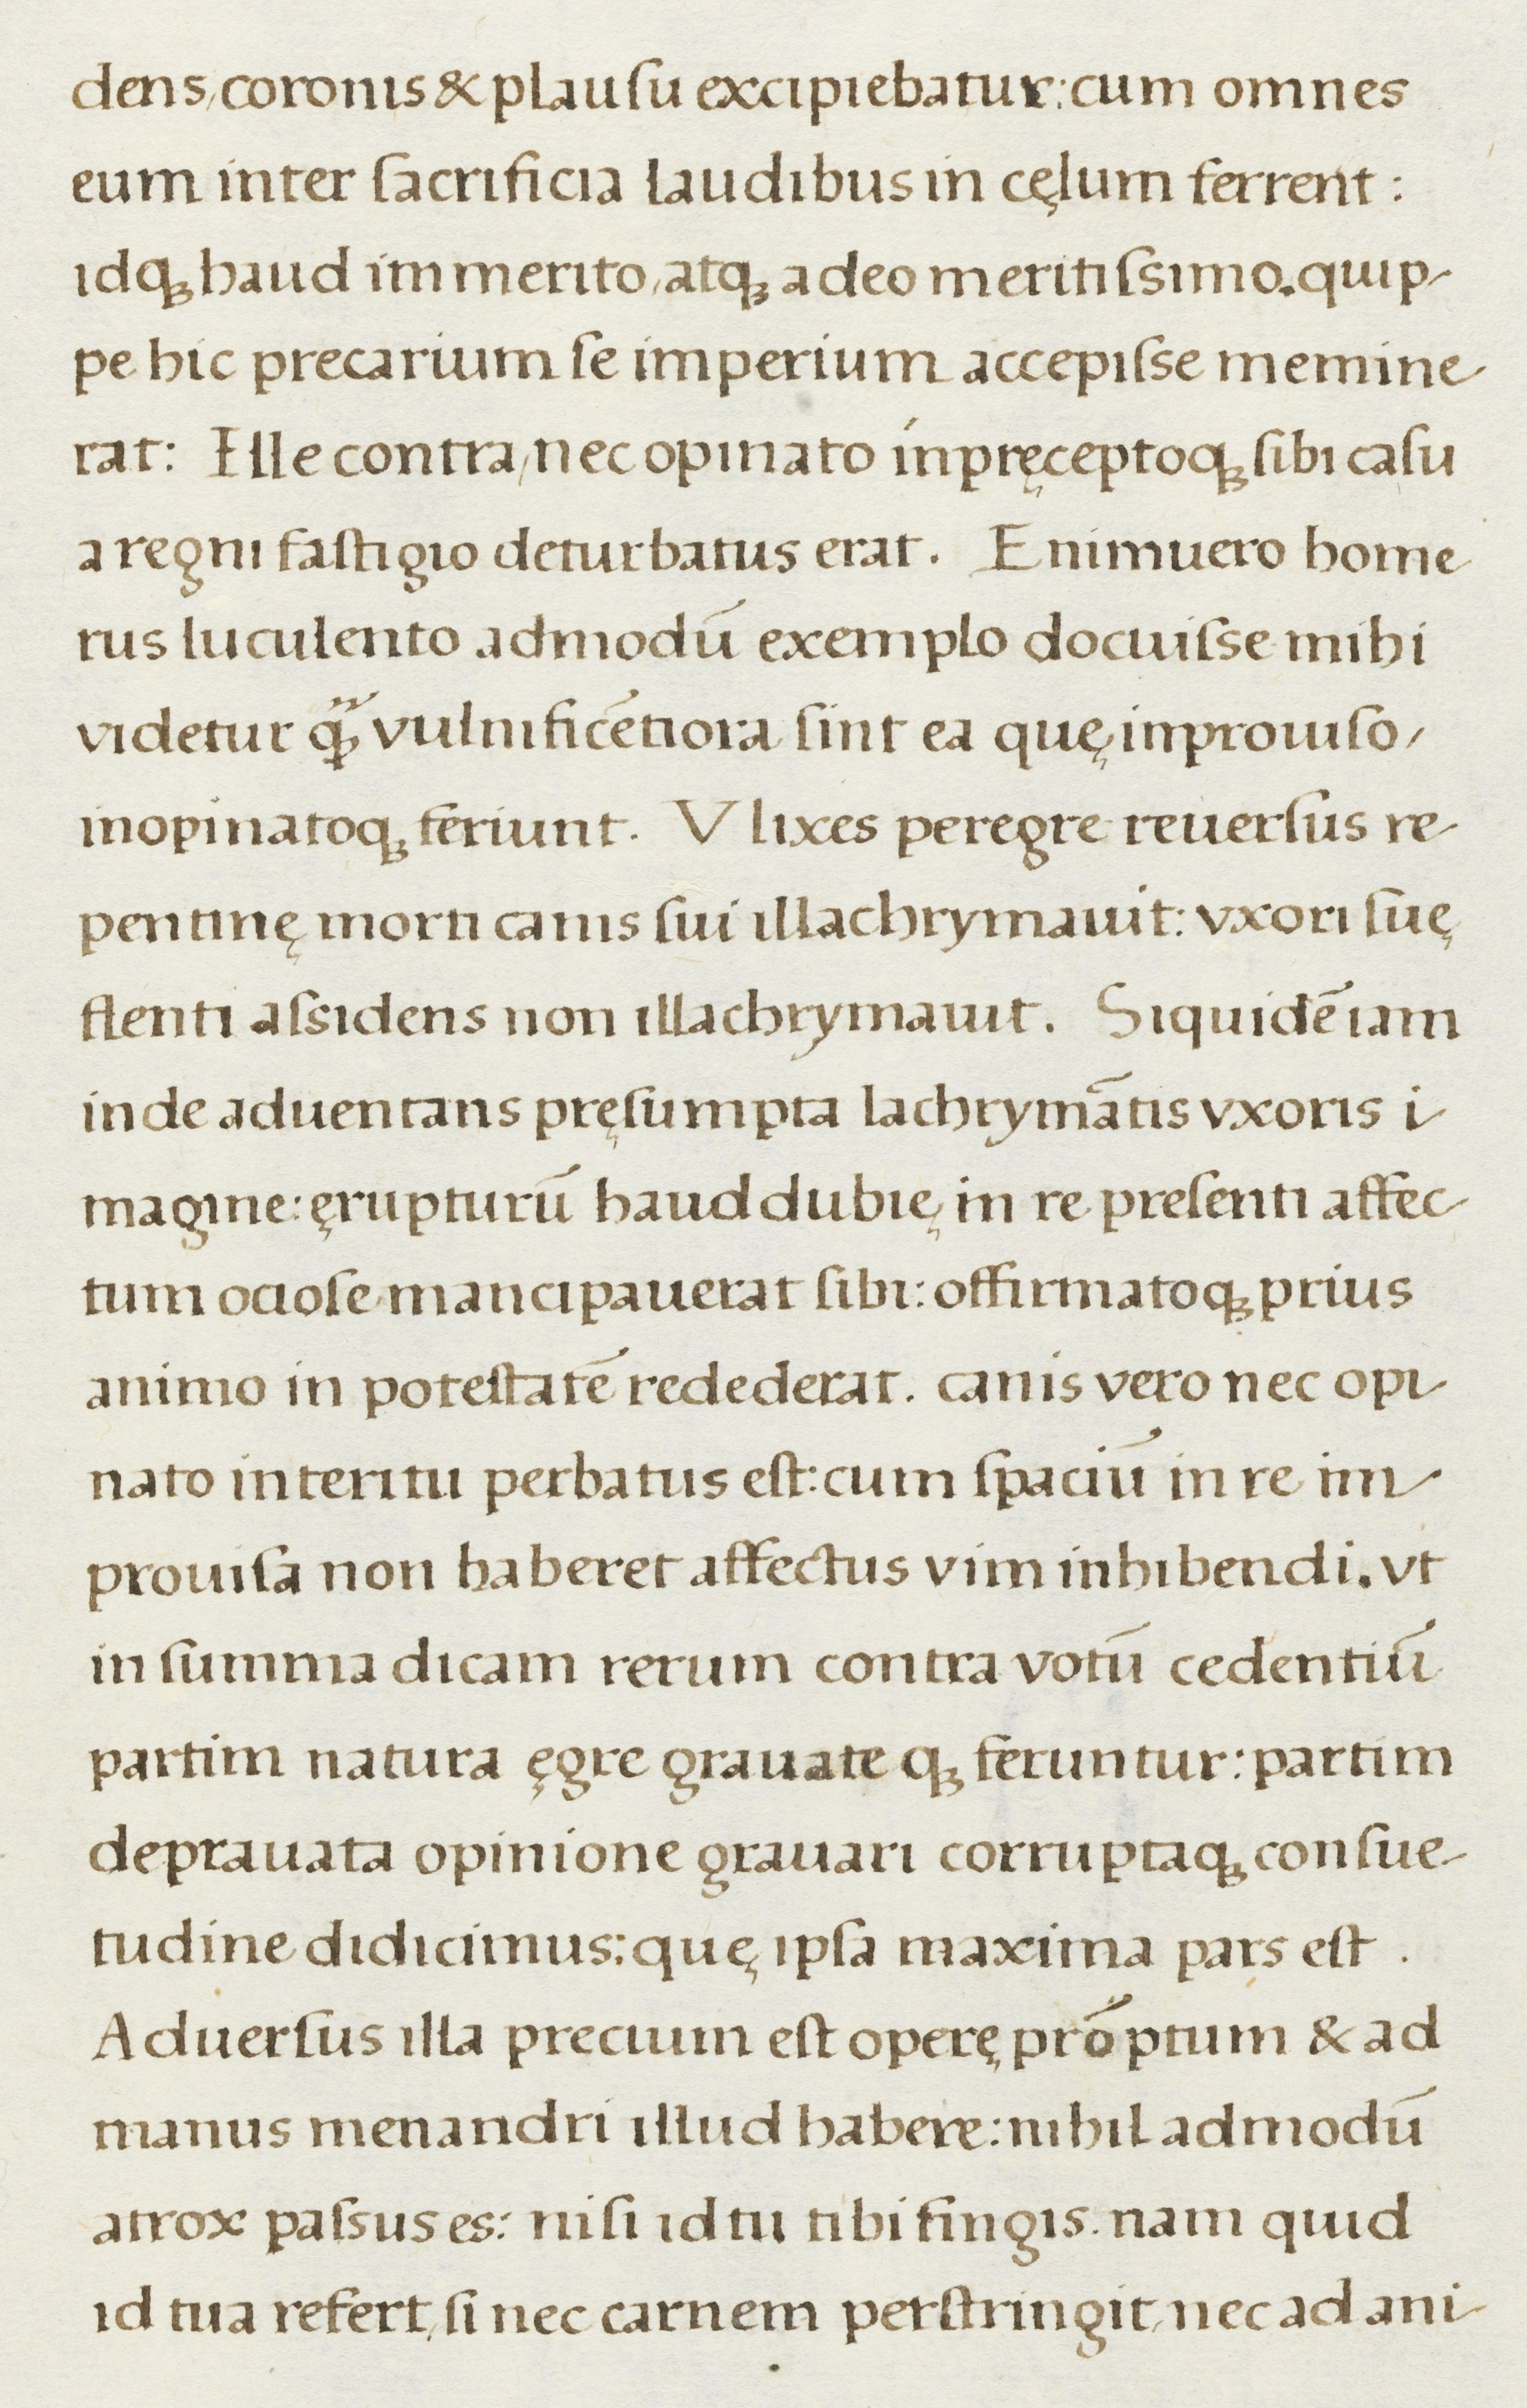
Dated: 1500–1599